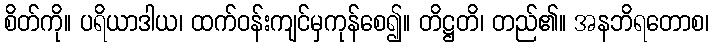
စိတ်ကို။ ပရိယာဒါယ၊ ထက်ဝန်းကျင်မှကုန်စေ၍။ တိဋ္ဌတိ၊ တည်၏။ အနဘိရတောစ၊